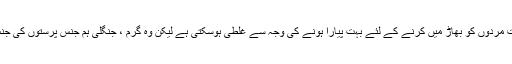
مضبوط لیکن خوبصورت جسموں کے ساتھ ، ان خوبصورت مردوں کو بھاڑ میں کرنے کے لئے بہت پیارا ہونے کی وجہ سے غلطی ہوسکتی ہے لیکن وہ گرم ، جنگلی ہم جنس پرستوں کی جنس کو اتنا ہی پسند کرتے ہیں جتنا اگلے آدمی کی طرح ہے۔